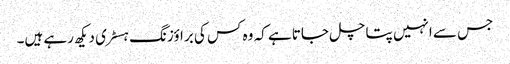
جس سے انہیں پتا چل جاتا ہے کہ وہ کس کی براؤزنگ ہسٹری دیکھ رہے ہیں۔